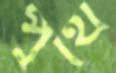
পুঁথি